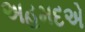
અહમદએ